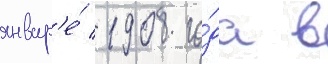
январ'е́ 1908 го́да в